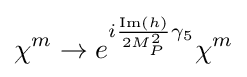
\chi ^{m}\rightarrow e^{i{\frac {{\text{Im}}(h)}{2M_{P}^{2}}}\gamma _{5}}\chi ^{m}